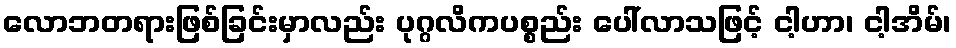
လောဘတရားဖြစ်ခြင်းမှာလည်း ပုဂ္ဂလိကပစ္စည်း ပေါ်လာသဖြင့် ငါ့ဟာ၊ ငါ့အိမ်၊